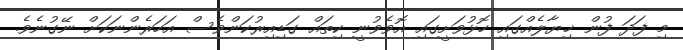
މި ފަދަ ފުން ޚިޔާލެއްގައި ހޮޅުވަށީގައި އޮވެވުނީ ކިތައް ގަޑިއިރުކަންވެސް އަހަރެންނަކަށް ނޭގުނެވެ.